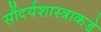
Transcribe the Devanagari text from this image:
सौंदर्यशास्त्राकडे